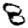
Digit: 8